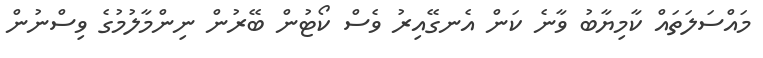
މައްސަލަތައް ކާމިޔާބު ވާނެ ކަން އެނގޭއިރު ވެސް ކޯޓުން ބޭރުން ނިންމާލުމުގެ ވިސްނުން